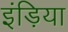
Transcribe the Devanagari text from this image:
इंड़िया